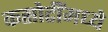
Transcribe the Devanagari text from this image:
कसोटींमध्ये